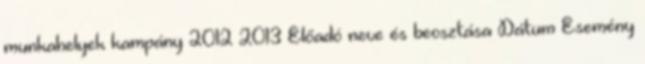
munkahelyek kampány 2012–2013 Előadó neve és beosztása Dátum Esemény